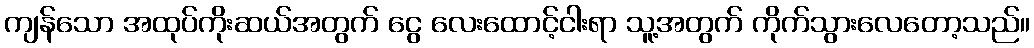
ကျန်သော အထုပ်ကိုးဆယ်အတွက် ငွေ လေးထောင့်ငါးရာ သူ့အတွက် ကိုက်သွားလေတော့သည်။